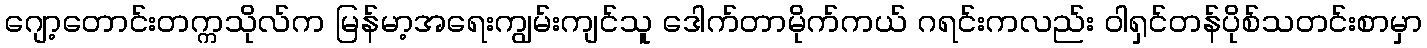
ဂျော့တောင်းတက္ကသိုလ်က မြန်မာ့အရေးကျွမ်းကျင်သူ ဒေါက်တာမိုက်ကယ် ဂရင်းကလည်း ဝါရှင်တန်ပိုစ်သတင်းစာမှာ